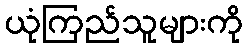
ယုံကြည်သူများကို